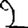
Digit: 2